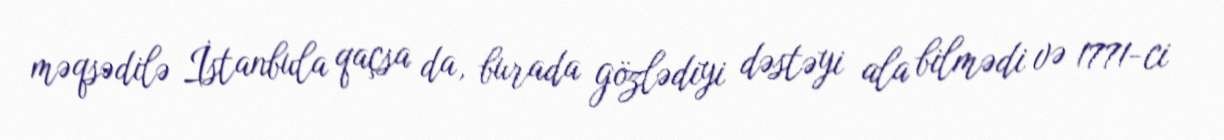
məqsədilə İstanbula qaçsa da, burada gözlədiyi dəstəyi ala bilmədi və 1771-ci